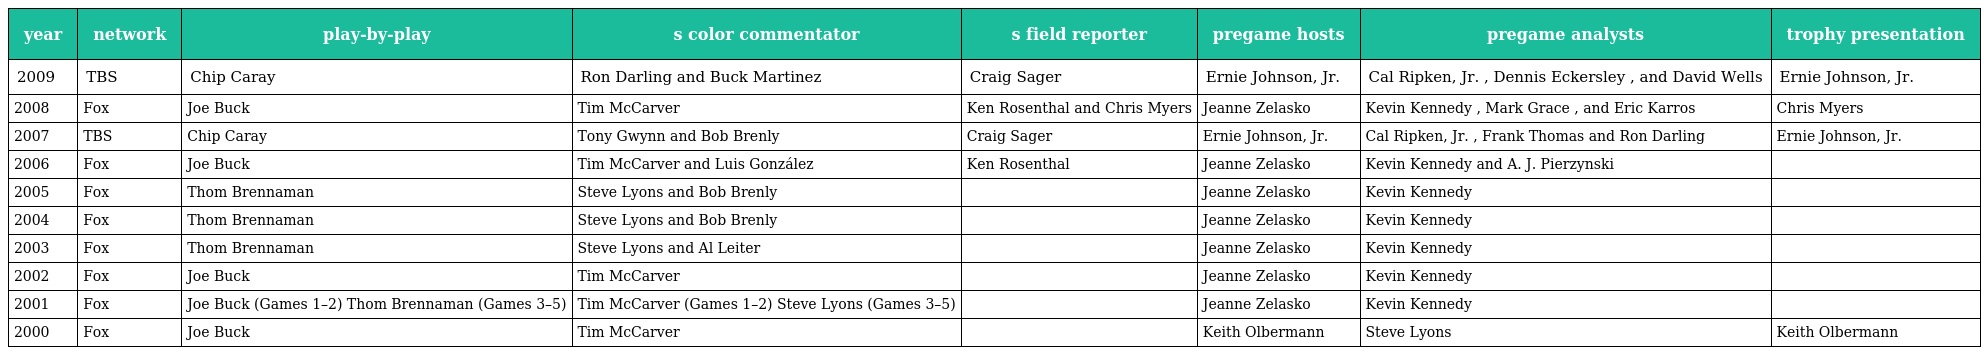
| year | network | play-by-play | s color commentator | s field reporter | pregame hosts | pregame analysts | trophy presentation |
 | --- | --- | --- | --- | --- | --- | --- | --- |
 | 2009 | TBS | Chip Caray | Ron Darling and Buck Martinez | Craig Sager | Ernie Johnson, Jr. | Cal Ripken, Jr. , Dennis Eckersley , and David Wells | Ernie Johnson, Jr. |
 | 2008 | Fox | Joe Buck | Tim McCarver | Ken Rosenthal and Chris Myers | Jeanne Zelasko | Kevin Kennedy , Mark Grace , and Eric Karros | Chris Myers |
 | 2007 | TBS | Chip Caray | Tony Gwynn and Bob Brenly | Craig Sager | Ernie Johnson, Jr. | Cal Ripken, Jr. , Frank Thomas and Ron Darling | Ernie Johnson, Jr. |
 | 2006 | Fox | Joe Buck | Tim McCarver and Luis González | Ken Rosenthal | Jeanne Zelasko | Kevin Kennedy and A. J. Pierzynski |  |
 | 2005 | Fox | Thom Brennaman | Steve Lyons and Bob Brenly |  | Jeanne Zelasko | Kevin Kennedy |  |
 | 2004 | Fox | Thom Brennaman | Steve Lyons and Bob Brenly |  | Jeanne Zelasko | Kevin Kennedy |  |
 | 2003 | Fox | Thom Brennaman | Steve Lyons and Al Leiter |  | Jeanne Zelasko | Kevin Kennedy |  |
 | 2002 | Fox | Joe Buck | Tim McCarver |  | Jeanne Zelasko | Kevin Kennedy |  |
 | 2001 | Fox | Joe Buck (Games 1–2) Thom Brennaman (Games 3–5) | Tim McCarver (Games 1–2) Steve Lyons (Games 3–5) |  | Jeanne Zelasko | Kevin Kennedy |  |
 | 2000 | Fox | Joe Buck | Tim McCarver |  | Keith Olbermann | Steve Lyons | Keith Olbermann |